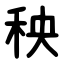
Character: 秧